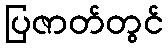
ပြဇာတ်တွင်